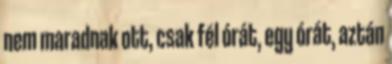
nem maradnak ott, csak fél órát, egy órát, aztán